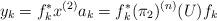
LaTeX: \begin{align*} y_{k}=f_{k}^{*}x^{(2)} a_{k}=f_{k}^{*} (\pi_{2})^{(n)}(U) f_{k}\end{align*}